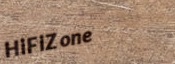
HiFiZone